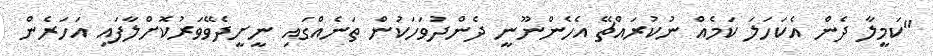
"ކަމީލާ ދެން އެކަހަލަ ކަމެއް ނުކުރައްޗޭ އެހެންނޫނީ ދެންދުވަހަކުން ތަނެއްގައި ނީށީދެވޭވަރުކޮށްލާފައި އަހަރެން